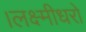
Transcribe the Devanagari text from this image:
।लक्ष्मीधरो